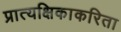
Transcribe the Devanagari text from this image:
प्रात्यक्षिकाकरिता